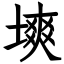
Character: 塽